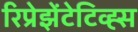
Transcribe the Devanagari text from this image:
रिप्रेझेंटेटिव्ह्स